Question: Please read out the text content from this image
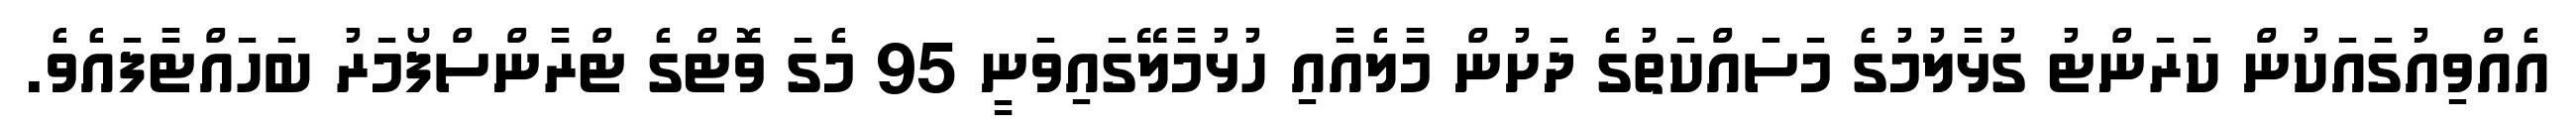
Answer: އެއްވިއުގައަކުން ކަރަންޓު ގުޅާލުމުގެ މަސައްކަތުގެ ދަށުން މާލެއާއި ހުޅުމާލޭގައިވަނީ 95 މެގަ ވޮޓްގެ ޓްރާންސްފޯމަރު ބަހައްޓާފައެވެ.